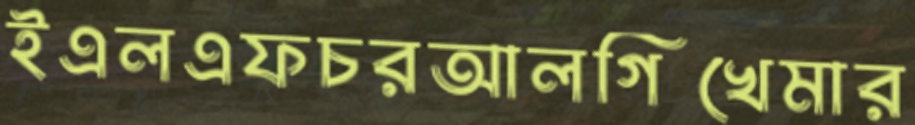
ইএলএফচরআলগিখেমার